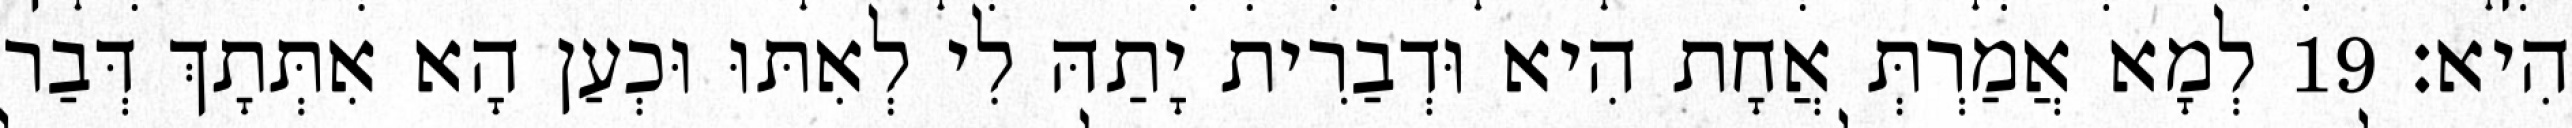
הִיא׃ 19 לְמָא אֲמַרְתְּ אֲחָת הִיא וּדְבַרִית יָתַהּ לִי לְאִתּוּ וּכְעַן הָא אִתְּתָךְ דְּבַר